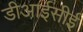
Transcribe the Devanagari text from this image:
डीआईसीई